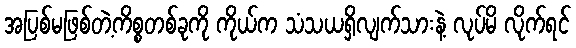
အပြစ်မဖြစ်တဲ့ကိစ္စတစ်ခုကို ကိုယ်က သံသယရှိလျက်သားနဲ့ လုပ်မိ လိုက်ရင်